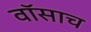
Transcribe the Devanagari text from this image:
वॉसाच